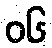
၀၆